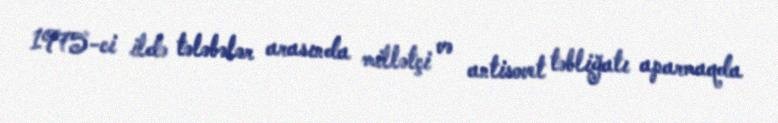
1975-ci ildə tələbələr arasında millətçi və antisovet təbliğatı aparmaqda